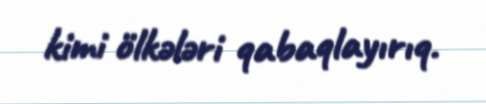
kimi ölkələri qabaqlayırıq.